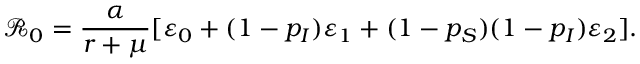
\mathcal { R } _ { 0 } = \frac { \alpha } { r + \mu } [ \varepsilon _ { 0 } + ( 1 - p _ { I } ) \varepsilon _ { 1 } + ( 1 - p _ { S } ) ( 1 - p _ { I } ) \varepsilon _ { 2 } ] .